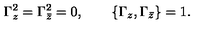
{ \Gamma _ { z } ^ { 2 } = \Gamma _ { \bar { z } } ^ { 2 } = 0 , \qquad \{ \Gamma _ { z } , \Gamma _ { \bar { z } } \} = 1 . }